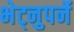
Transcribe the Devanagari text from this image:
भेट्नुपर्ने